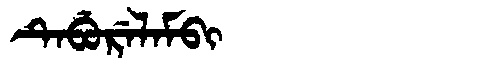
Manchu: ᡨᡝᠪᡠᡵᡝᠯᠠᠮᠪᡳ
Romanization: TEBURELAMBI